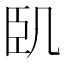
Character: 𠙉